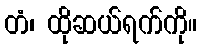
တံ၊ ထိုဆယ်ရက်ကို။